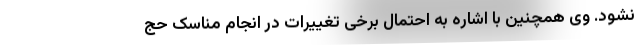
نشود. وی همچنین با اشاره به احتمال برخی تغییرات در انجام مناسک حج